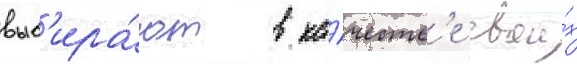
выб'ира́ют в ка́честв'е свои́х